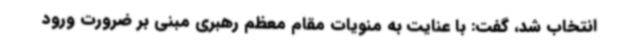
انتخاب شد، گفت: با عنایت به منویات مقام معظم رهبری مبنی بر ضرورت ورود